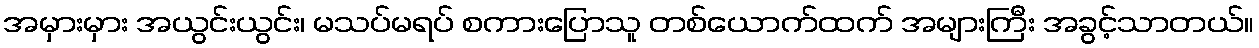
အမှားမှား အယွင်းယွင်း၊ မသပ်မရပ် စကားပြောသူ တစ်ယောက်ထက် အများကြီး အခွင့်သာတယ်။